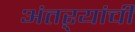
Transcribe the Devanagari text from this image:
अंतऱ्यांची